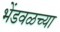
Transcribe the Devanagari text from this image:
भेंडवळच्या